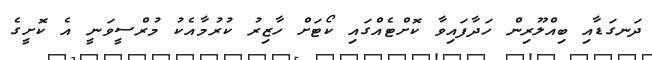
ދަނގަޑާއި ބިއްލޫރިން ހަދާފައިވާ ކޮށްޓެއްގައި ކޯޓަށް ހާޒިރު ކުރުމާއެކު މުރްސީވަނީ އެ ކޮށީގެ